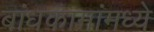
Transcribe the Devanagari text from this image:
बांधकामांमध्ये